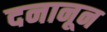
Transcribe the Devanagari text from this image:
दनानून